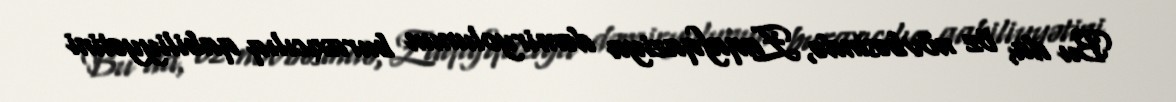
Bu da, öz növbəsində, Zaqafqaziya dəmiryolunun buraxıcılıq qabiliyyətini